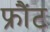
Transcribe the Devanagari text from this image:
फ्रौंट